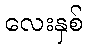
လေးနှစ်